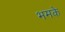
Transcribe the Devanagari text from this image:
भमके